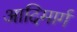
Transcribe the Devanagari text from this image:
आदिमार्ग